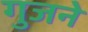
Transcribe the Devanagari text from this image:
गुजने